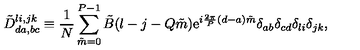
\tilde { D } _ { d a , b c } ^ { l i , j k } \equiv { \frac { 1 } { N } } \sum _ { \tilde { m } = 0 } ^ { P - 1 } \tilde { B } ( l - j - Q \tilde { m } ) \mathrm { e } ^ { i { \frac { 2 \pi } { P } } ( d - a ) \tilde { m } } \delta _ { a b } \delta _ { c d } \delta _ { l i } \delta _ { j k } ,